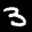
Label: 3